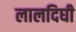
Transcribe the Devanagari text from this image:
लालदिघी